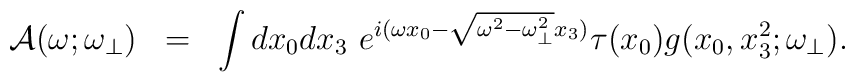
\begin{array}{rcl}{\cal A}(\omega;\omega_{\bot})&=&\displaystyle \int dx_0dx_3~e^{i(\omega x_0-\sqrt{\omega^2-\omega^2_{\bot}}x_3)}\tau(x_0)g(x_0,x_3^2;\omega_{\bot}).\end{array}